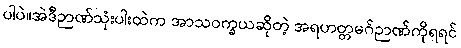
ပါပဲ။အဲဒီဉာဏ်သုံးပါးထဲက အာသဝက္ခယဆိုတဲ့ အရဟတ္တမဂ်ဉာဏ်ကိုရရင်